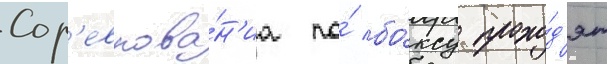
Сор'евнова́н'иа по́ бо́ксу прохо́д'ят